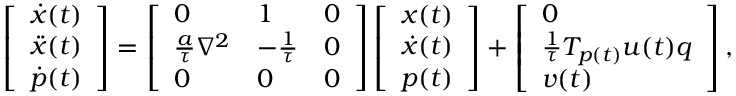
\left[ \begin{array} { l } { \dot { x } ( t ) } \\ { \ddot { x } ( t ) } \\ { \dot { p } ( t ) } \end{array} \right] = \left[ \begin{array} { l l l } { 0 } & { 1 } & { 0 } \\ { \frac { a } { \tau } \nabla ^ { 2 } } & { - \frac { 1 } { \tau } } & { 0 } \\ { 0 } & { 0 } & { 0 } \end{array} \right] \left[ \begin{array} { l } { x ( t ) } \\ { \dot { x } ( t ) } \\ { p ( t ) } \end{array} \right] + \left[ \begin{array} { l } { 0 } \\ { \frac { 1 } { \tau } T _ { p ( t ) } u ( t ) q } \\ { v ( t ) } \end{array} \right] ,